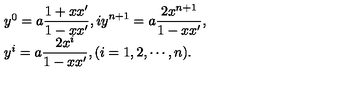
\begin{array} { l } { y ^ { 0 } = \displaystyle a \frac { 1 + x x ^ { \prime } } { 1 - x x ^ { \prime } } , i y ^ { n + 1 } = a \frac { 2 x ^ { n + 1 } } { 1 - x x ^ { \prime } } , } \\ { y ^ { i } = a \displaystyle \frac { 2 x ^ { i } } { 1 - x x ^ { \prime } } , ( i = 1 , 2 , \cdots , n ) . } \\ \end{array}